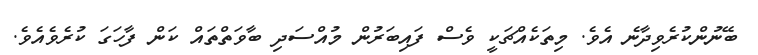
ބޭނުންކުރެވިދާނެ އެވެ. މިތަކެއްޗަކީ ވެސް ފައިބަރުން މުއްސަދި ބާވަތްތައް ކަން ފާހަގަ ކުރެވެއެވެ.